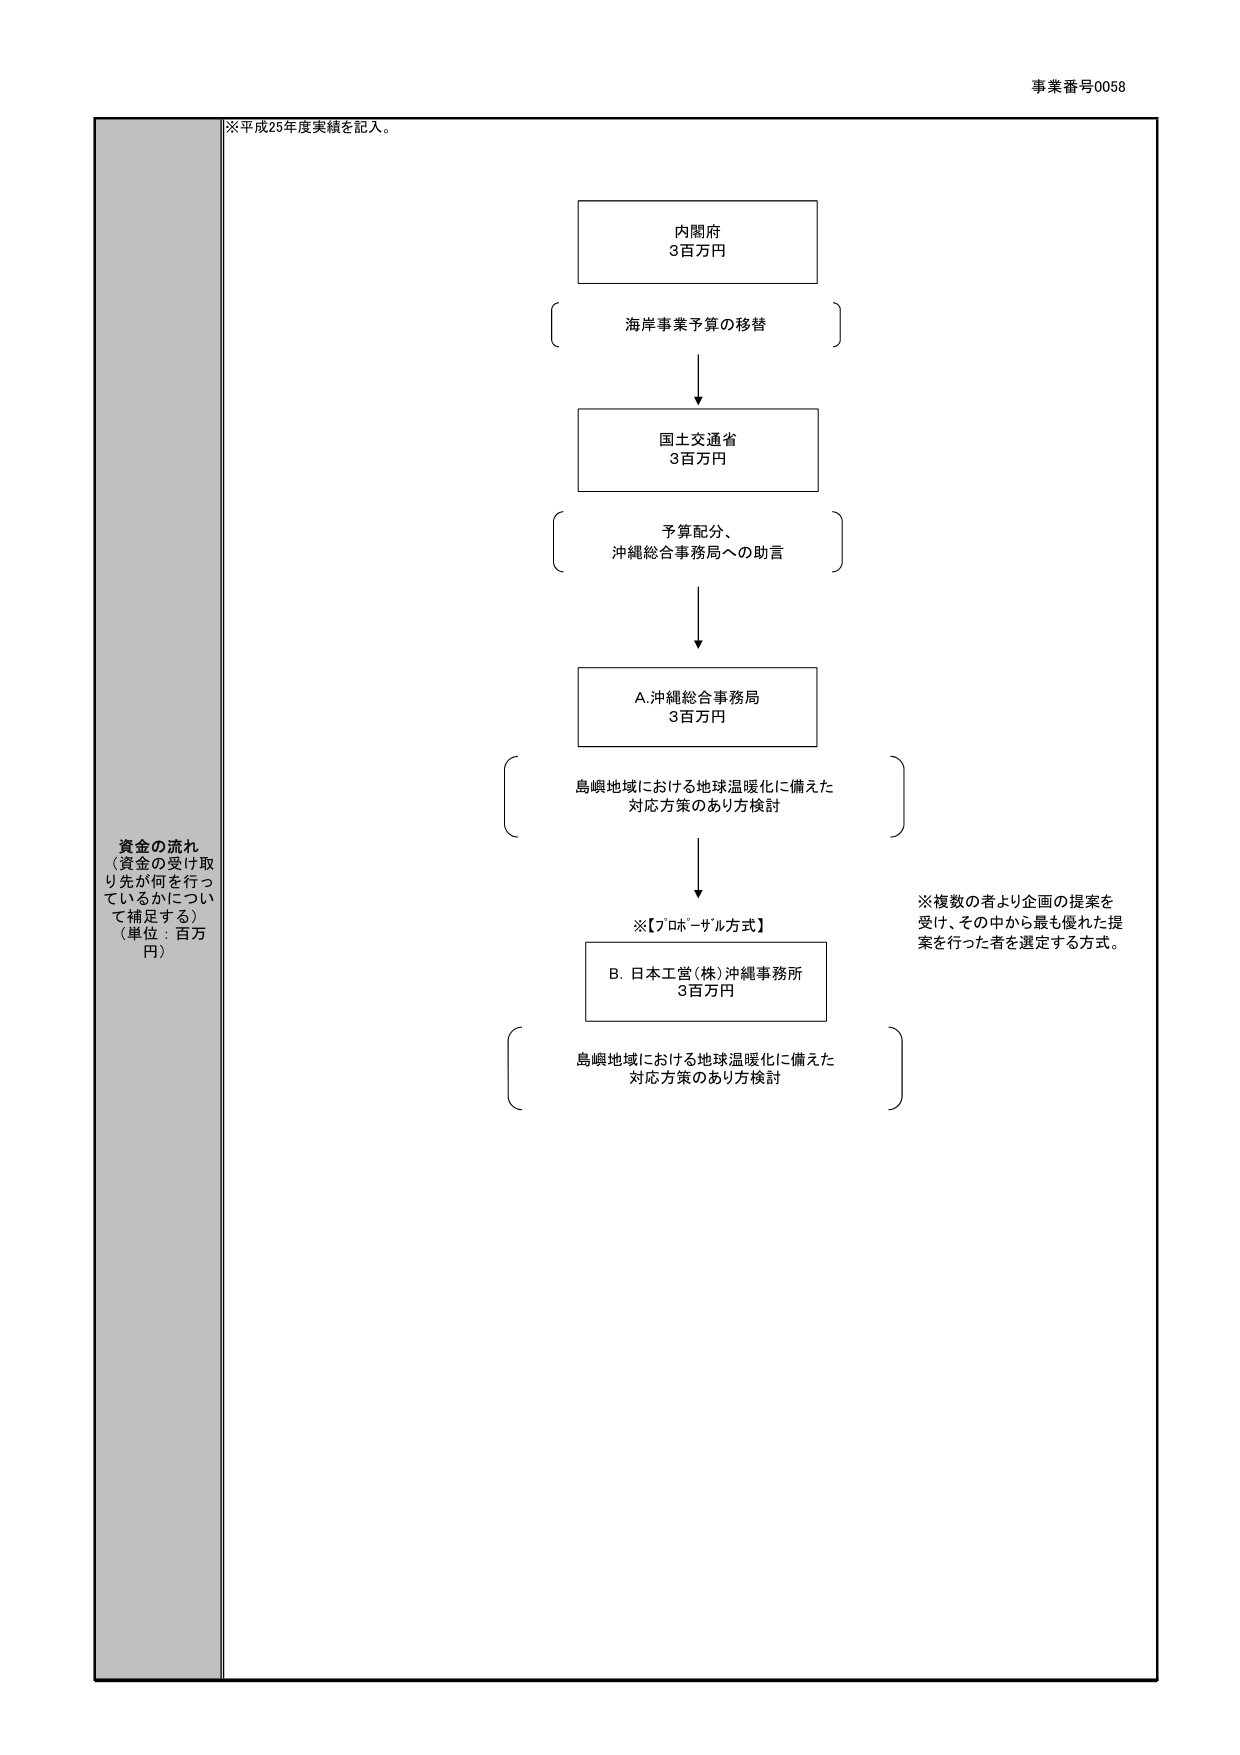
事業番号0058
※平成25年度実績を記入。
内閣府
3百万円
海岸事業予算の移替
国土交通省
3百万円
予算配分、
沖縄総合事務局への助言
A.沖縄総合事務局
3百万円
島嶼地域における地球温暖化に備えた
対応方策のあり方検討
※【プロポーザル方式】
B. 日本工営(株)沖縄事務所
3百万円
島嶼地域における地球温暖化に備えた
対応方策のあり方検討
※複数の者より企画の提案を
受け、その中から最も優れた提
案を行った者を選定する方式。
資金の流れ
（資金の受け取り先が何を行っているかについて補足する）
（単位：百万円）